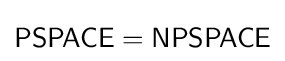
{\mathsf {PSPACE}}={\mathsf {NPSPACE}}